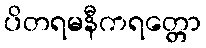
ပိတရမနီကရတ္တော